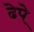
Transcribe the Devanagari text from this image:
ढेपे